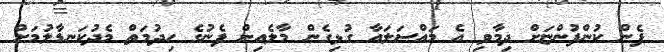
ފެން ކުންފުންޏަށް ދިމާވި އެ މައްސަލައާ ގުޅިގެން މާލެއިން ފެނުގެ ހިދުމަތް މެދުކަނޑާލުމަށް